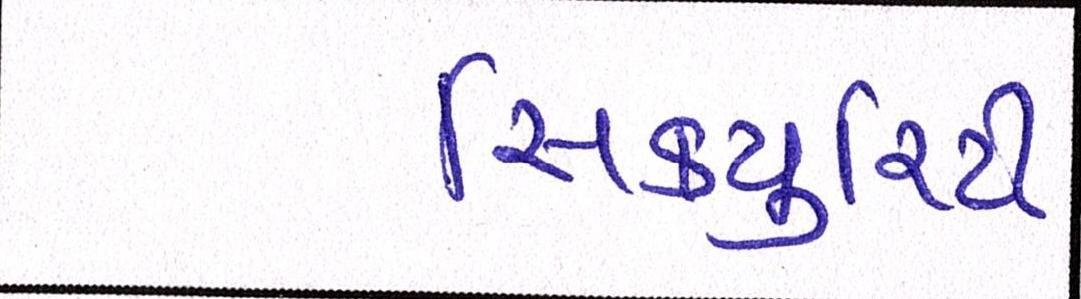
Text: સિકયુરિટી